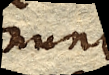
nunc